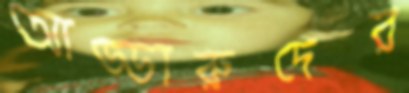
আড্ডারুদের